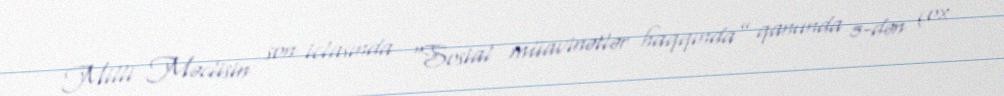
Milli Məclisin son iclasında “Sosial müavinətlər haqqında” qanunda 5-dən çox